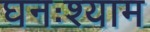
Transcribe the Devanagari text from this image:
घनःश्याम